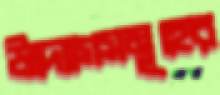
উদ্যোগসমূহের